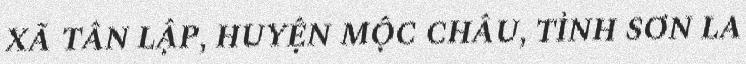
XÃ TÂN LẬP, HUYỆN MỘC CHÂU, TỈNH SƠN LA